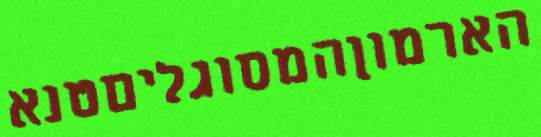
הארמוןהמסוגליםטנא